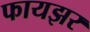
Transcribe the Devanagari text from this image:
फायझर